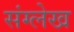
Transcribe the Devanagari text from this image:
संग्लेख